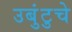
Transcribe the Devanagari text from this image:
उबुंटुचे